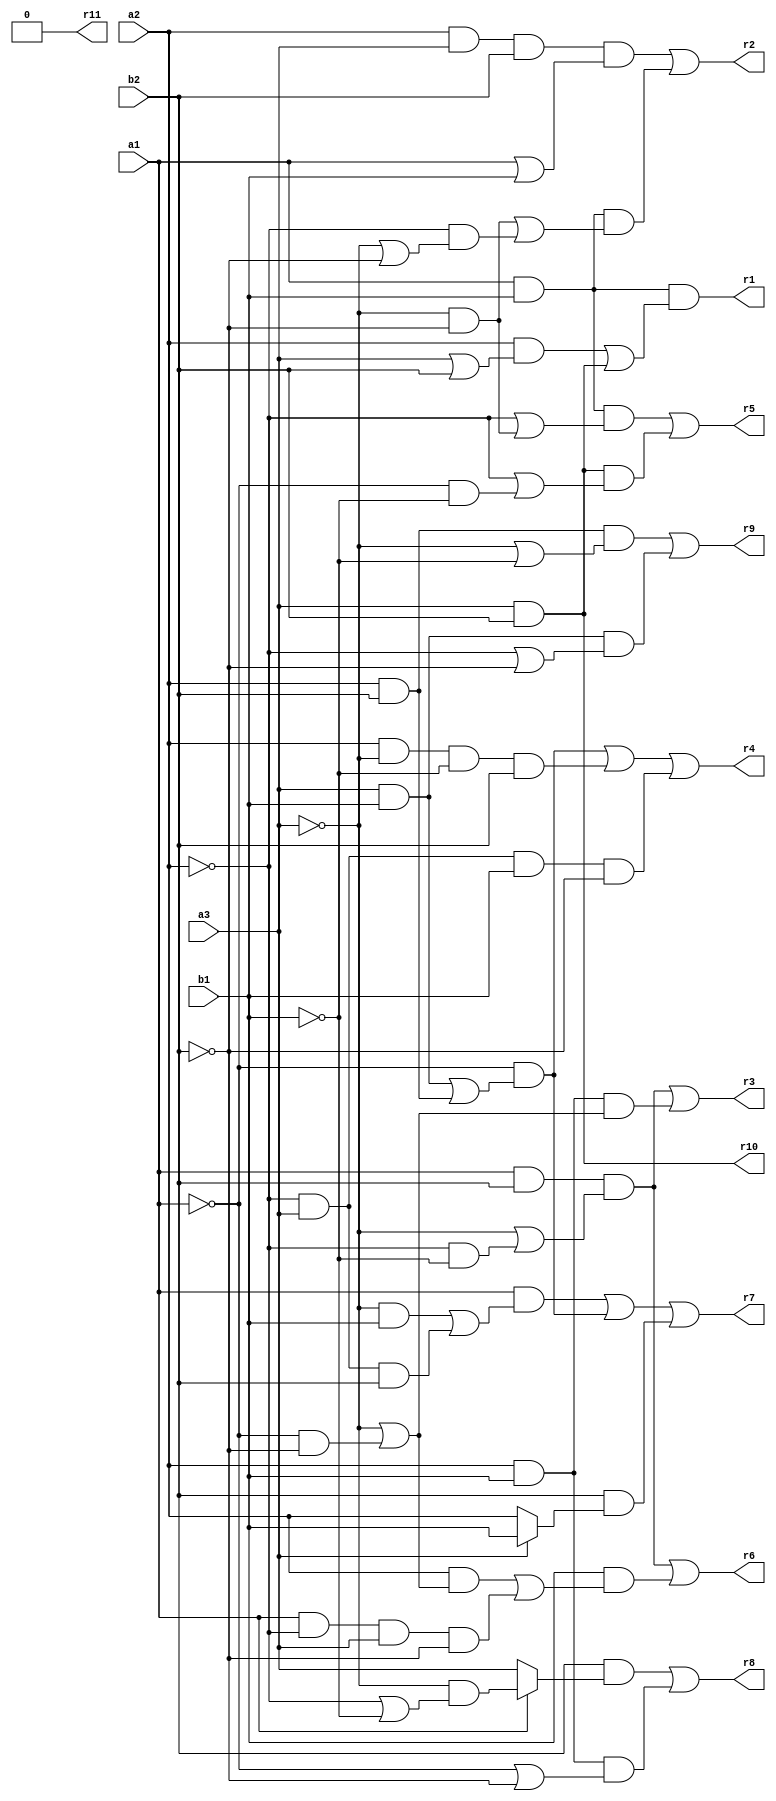
// Benchmark "mult_3x2_74_out" written by ABC on Tue May 24 03:59:41 2022

module mult_3x2_74 ( 
    a1, a2, a3, b1, b2,
    r1, r2, r3, r4, r5, r6, r7, r8, r9, r10, r11  );
  input  a1, a2, a3, b1, b2;
  output r1, r2, r3, r4, r5, r6, r7, r8, r9, r10, r11;
  assign r11 = 1'b0;
  assign r1 = a1 & b1 & ((a2 & (a3 | b2)) | (a3 & b2));
  assign r2 = (a2 & a3 & b2 & (a1 | b1)) | (a1 & b1 & ((~a3 & ~b2) | (~a2 & (~a3 | ~b2))));
  assign r3 = (a1 & b2 & (~a3 | (~a2 & ~b1))) | (a2 & b1 & (~a3 | (~a1 & ~b2)));
  assign r4 = (~a1 & ((a3 & b1) | (a2 & b2))) | (a2 & ~a3 & ~b1 & b2) | (~a2 & a3 & b1 & ~b2);
  assign r5 = (a1 & b1 & (~a2 | (~a3 & ~b2))) | (a3 & b2 & (~a2 | (~a1 & ~b1)));
  assign r6 = (a1 & b2 & (~a3 | (~a2 & ~b1))) | (b1 & ((a2 & (~a3 | (~a1 & ~b2))) | (a1 & ~a2 & a3 & ~b2)));
  assign r7 = (a1 & ((~a3 & b1) | (~a2 & a3 & b2))) | (~a1 & ((a3 & b1) | (a2 & b2))) | (b2 & (a3 ? b1 : a2));
  assign r8 = (b2 & (a1 ? (~a3 & (~a2 | ~b1)) : a3)) | (a2 & b1 & (~a1 | ~b2));
  assign r9 = (a2 & b2 & (~a3 | ~b1)) | (a3 & b1 & (~a2 | ~b2));
  assign r10 = a3 & b2;
endmodule